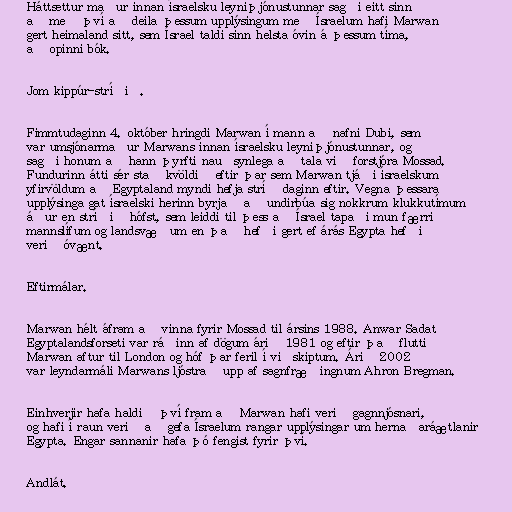
Háttsettur maður innan ísraelsku leyniþjónustunnar sagði eitt sinn
að með því að deila þessum upplýsingum með Ísraelum hafi Marwan
gert heimaland sitt, sem Ísrael taldi sinn helsta óvin á þessum tíma,
að opinni bók.

Jom kippúr-stríðið.

Fimmtudaginn 4. október hringdi Marwan í mann að nafni Dubi, sem
var umsjónarmaður Marwans innan ísraelsku leyniþjónustunnar, og
sagði honum að hann þyrfti nauðsynlega að tala við forstjóra Mossad.
Fundurinn átti sér stað kvöldið eftir þar sem Marwan tjáði ísraelskum
yfirvöldum að Egyptaland myndi hefja stríð daginn eftir. Vegna þessara
upplýsinga gat ísraelski herinn byrjað að undirbúa sig nokkrum klukkutímum
áður en stríðið hófst, sem leiddi til þess að Ísrael tapaði mun færri
mannslífum og landsvæðum en það hefði gert ef árás Egypta hefði
verið óvænt.

Eftirmálar.

Marwan hélt áfram að vinna fyrir Mossad til ársins 1988. Anwar Sadat
Egyptalandsforseti var ráðinn af dögum árið 1981 og eftir það flutti
Marwan aftur til London og hóf þar feril í viðskiptum. Árið 2002
var leyndarmáli Marwans ljóstrað upp af sagnfræðingnum Ahron Bregman.

Einhverjir hafa haldið því fram að Marwan hafi verið gagnnjósnari,
og hafi í raun verið að gefa Ísraelum rangar upplýsingar um hernaðaráætlanir
Egypta. Engar sannanir hafa þó fengist fyrir því.

Andlát.